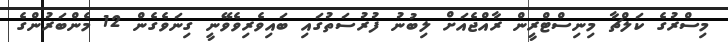
މިސްރުގެ ކަލްޗާ މިނިސްޓްރީން ރާއްޖެއަށް ލިބުނު ފުރުސަތުގައި ބައިވެރިވެވޭނީ ގިނަވެގެން 12 މެންބަރުންގެ